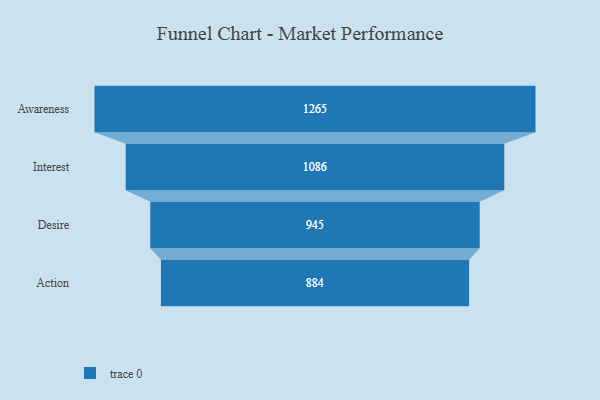
{"axis": {"x": "Stage", "y": "Value"}, "legend": [""], "data": [{"x": "Awareness", "y": 1265.0, "type": ""}, {"x": "Interest", "y": 1086.0, "type": ""}, {"x": "Desire", "y": 945.0, "type": ""}, {"x": "Action", "y": 884.0, "type": ""}]}